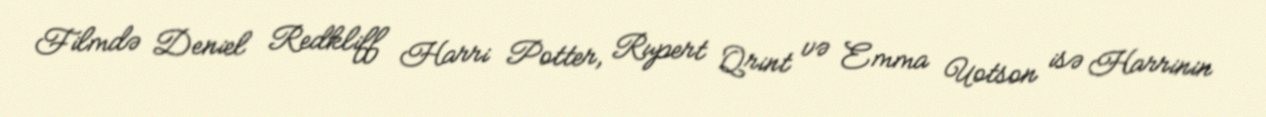
Filmdə Deniel Redkliff Harri Potter, Rupert Qrint və Emma Uotson isə Harrinin